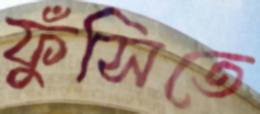
ফুঁসিতে